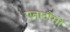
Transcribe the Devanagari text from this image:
एनाटौमी